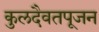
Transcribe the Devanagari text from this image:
कुलदैवतपूजन